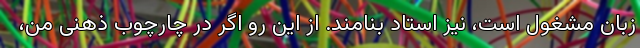
زبان مشغول است، نیز استاد بنامند. از این رو اگر در چارچوب ذهنی من،